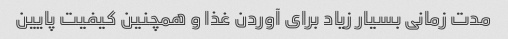
مدت زمانی بسیار زیاد برای آوردن غذا و همچنین کیفیت پایین